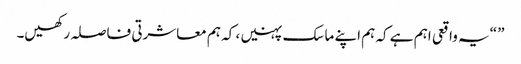
” “یہ واقعی اہم ہے کہ ہم اپنے ماسک پہنیں ، کہ ہم معاشرتی فاصلہ رکھیں۔